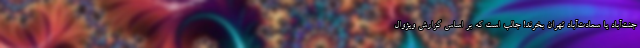
جنت‌آباد یا سعادت‌آباد تهران بخرند! جالب است که بر اساس گزارش ویژوال